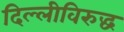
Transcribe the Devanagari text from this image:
दिल्लीविरुद्ध